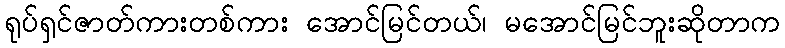
ရုပ်ရှင်ဇာတ်ကားတစ်ကား အောင်မြင်တယ်၊ မအောင်မြင်ဘူးဆိုတာက